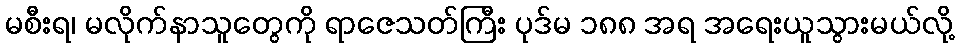
မစီးရ၊ မလိုက်နာသူတွေကို ရာဇေသတ်ကြီး ပုဒ်မ ၁၈၈ အရ အရေးယူသွားမယ်လို့